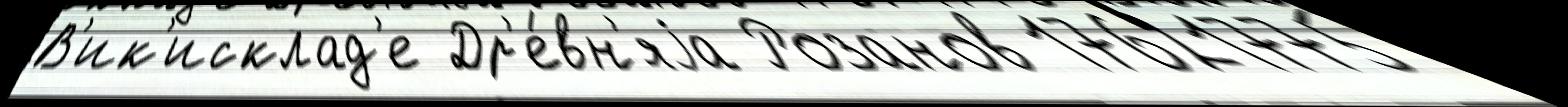
В'ик'исклад'е Др'е́вн'яjа Розанов 17621775